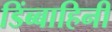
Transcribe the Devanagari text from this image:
डिंब्बाहिनी